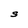
Character: S